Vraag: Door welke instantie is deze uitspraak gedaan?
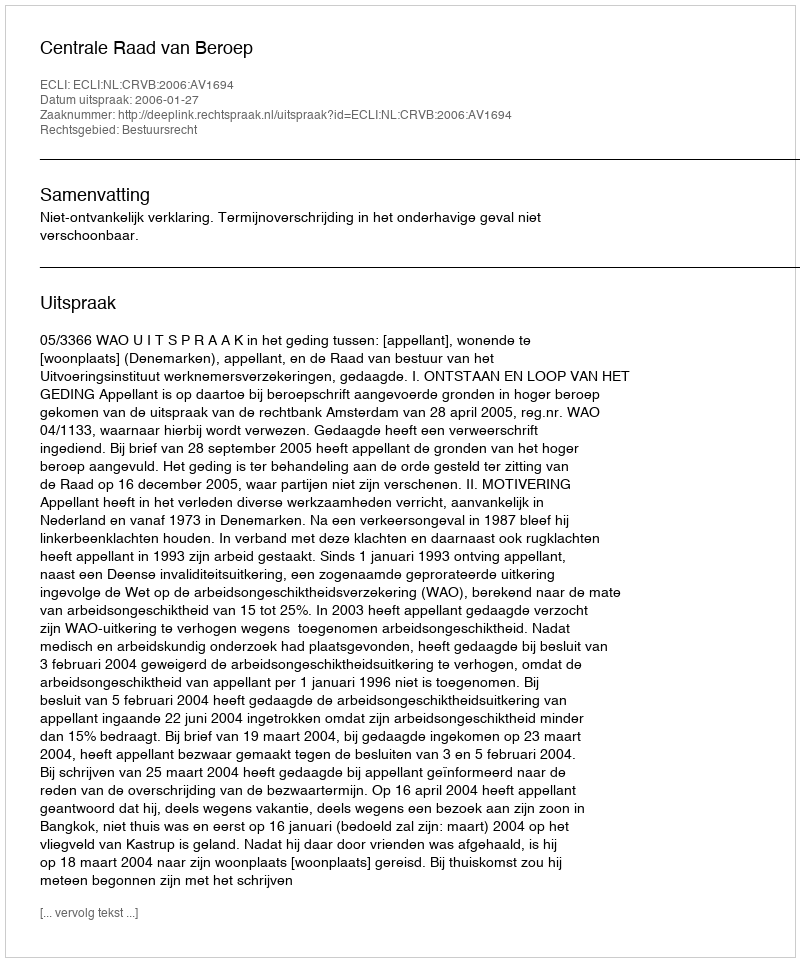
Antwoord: Centrale Raad van Beroep